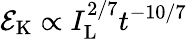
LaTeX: {\cal E}_{\mathrm{K}}\propto I_{\mathrm{L}}^{2/7}t^{-10/7}